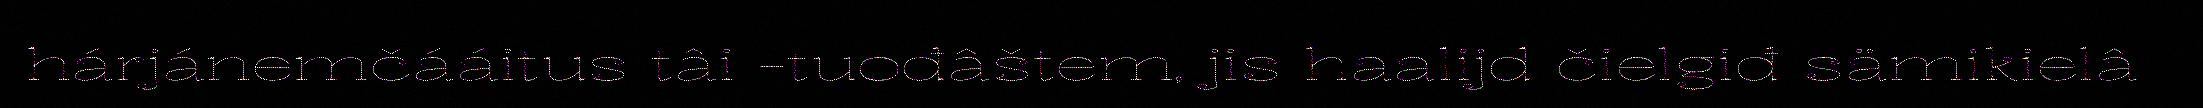
hárjánemčááitus tâi -tuođâštem, jis haalijd čielgiđ sämikielâ